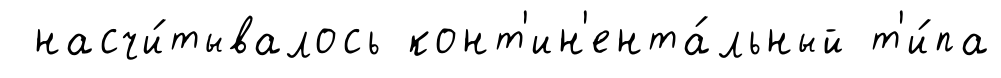
насчи́тывалось конт'ин'ента́льный т'и́па